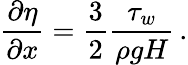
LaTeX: \frac{\partial\eta}{\partial x}=\frac{3}{2}\frac{\tau_{w}}{\rho gH}\, .